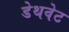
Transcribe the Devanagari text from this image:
डेथवेट